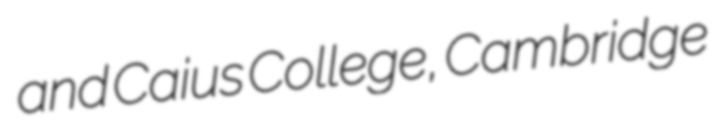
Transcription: and Caius College, Cambridge